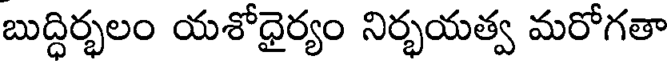
బుద్ధిర్భలం యశోధైర్యం నిర్భయత్వ మరోగతా